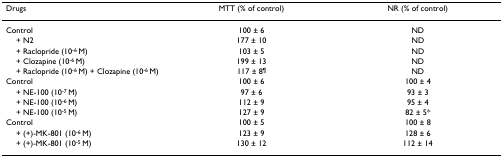
<table><thead><tr><td><b>Drugs</b></td><td><b>MTT (% of control)</b></td><td><b>NR (% of control)</b></td></tr></thead><tbody><tr><td>Control</td><td>100 ± 6</td><td>ND</td></tr><tr><td> + N2</td><td>177 ± 10</td><td>ND</td></tr><tr><td> + Raclopride (10<sup>-6 </sup>M)</td><td>103 ± 5</td><td>ND</td></tr><tr><td> + Clozapine (10<sup>-6 </sup>M)</td><td>199 ± 13</td><td>ND</td></tr><tr><td> + Raclopride (10<sup>-6 </sup>M) + Clozapine (10<sup>-6 </sup>M)</td><td>117 ± 8<sup>¶</sup></td><td>ND</td></tr><tr><td>Control</td><td>100 ± 6</td><td>100 ± 4</td></tr><tr><td> + NE-100 (10<sup>-7 </sup>M)</td><td>97 ± 6</td><td>93 ± 3</td></tr><tr><td> + NE-100 (10<sup>-6 </sup>M)</td><td>112 ± 9</td><td>95 ± 4</td></tr><tr><td> + NE-100 (10<sup>-5 </sup>M)</td><td>127 ± 9</td><td>82 ± 5*</td></tr><tr><td>Control</td><td>100 ± 5</td><td>100 ± 8</td></tr><tr><td> + (+)-MK-801 (10<sup>-6 </sup>M)</td><td>123 ± 9</td><td>128 ± 6</td></tr><tr><td> + (+)-MK-801 (10<sup>-5 </sup>M)</td><td>130 ± 12</td><td>112 ± 14</td></tr></tbody></table>